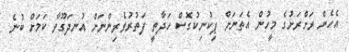
އެހެން ރަށްރަށުގެ މީހުން އެތަނަށް ޕިކުނިކުގޮސް ހަދާތީ ފަތުރުވެރިންނަށް އުނދަގޫވާ ކަމަށް ބުނެ